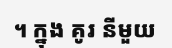
។ ក្នុង គូរ នីមួយ